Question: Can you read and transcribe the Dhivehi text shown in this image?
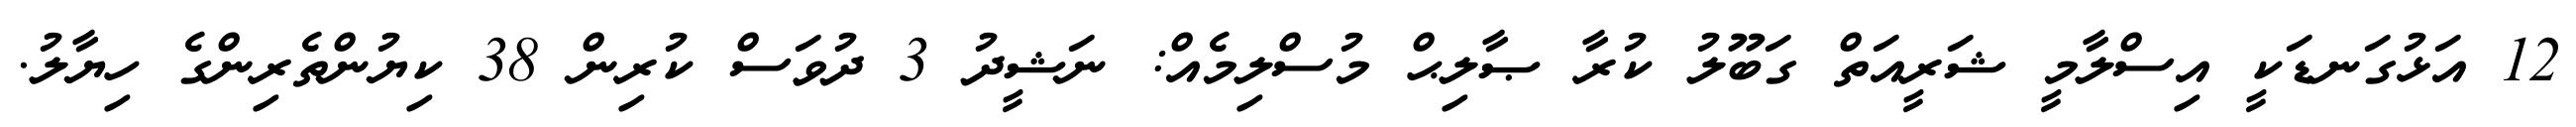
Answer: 12 އަޅުގަނޑަކީ އިސްލާމީ ޝަރީއަތް ގަބޫލު ކުރާ ޞާލިޙް މުސްލިމެއް: ނަޝީދު 3 ދުވަސް ކުރިން 38 ކިޔުންތެރިންގެ ހިޔާލު.